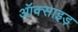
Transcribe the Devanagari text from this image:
ऑक्साइड़